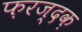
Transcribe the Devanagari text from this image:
फ़रज्दक़